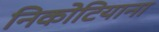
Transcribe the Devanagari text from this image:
निकोटियाना